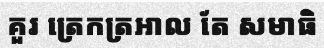
គួរ ត្រេកត្រអាល តែ សមាធិ